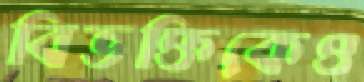
বিভক্তিকেও